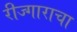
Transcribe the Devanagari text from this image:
रीज्गाराचा